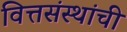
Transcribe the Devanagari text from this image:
वित्तसंस्थांची